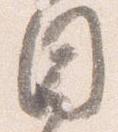
目